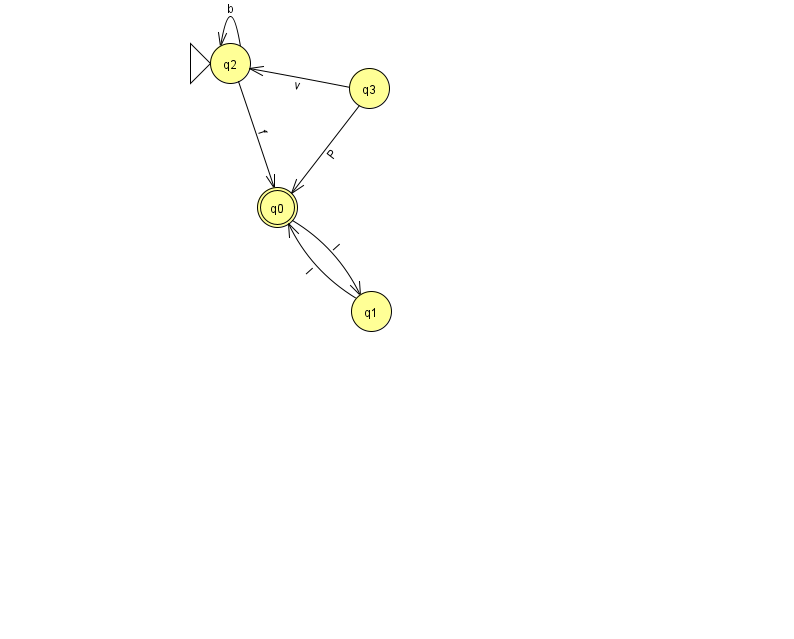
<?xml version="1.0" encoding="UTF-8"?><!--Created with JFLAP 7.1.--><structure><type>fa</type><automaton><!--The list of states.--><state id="0" name="q0"><x>277.0</x><y>194.0</y><final/></state><state id="1" name="q1"><x>371.0</x><y>298.0</y></state><state id="2" name="q2"><x>230.0</x><y>50.0</y><initial/></state><state id="3" name="q3"><x>369.0</x><y>75.0</y></state><!--The list of transitions.--><transition><from>2</from><to>0</to><read>f</read></transition><transition><from>3</from><to>0</to><read>P</read></transition><transition><from>3</from><to>2</to><read>v</read></transition><transition><from>2</from><to>2</to><read>b</read></transition><transition><from>0</from><to>1</to><read>I</read></transition><transition><from>1</from><to>0</to><read>I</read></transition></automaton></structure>